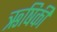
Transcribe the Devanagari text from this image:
ऋषिकी